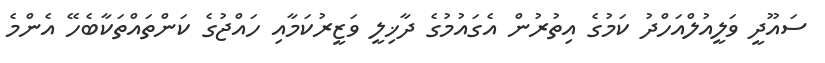
ސައޫދީ ވަލީއުލްއަހްދު ކަމުގެ އިތުުރުން އެގައުމުގެ ދާޚިލީ ވަޒީރުކަމާއި ހައްޖުގެ ކަންތައްތަކާބެހޭ އެންމެ